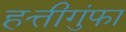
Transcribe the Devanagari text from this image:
हत्तीगुंफा